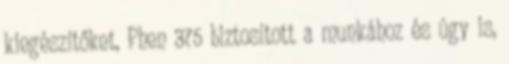
kiegészítőket, Phen 375 biztosított a munkához és úgy is,